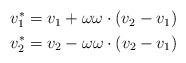
LaTeX: \begin{align*}\begin{aligned}v_1^* & = v_1 + \omega \omega \cdot (v_2-v_1) \\v_2^* & = v_2 - \omega \omega \cdot (v_2-v_1)\end{aligned}\end{align*}